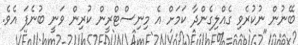
ބޭނުން ނުކުރެވި ގެއްލިގެންދާ ކަމަށް އެ މިނިސްޓްރީން ކުރިން ވަނީ ބުނެފަ އެވެ.